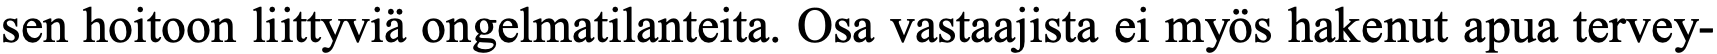
sen hoitoon liittyviä ongelmatilanteita. Osa vastaajista ei myös hakenut apua tervey-